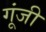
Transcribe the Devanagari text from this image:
गूंजी